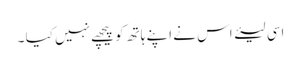
اسی لیئے اس نے اپنے ہاتھ کو پیچھے نہیں کیا ۔